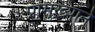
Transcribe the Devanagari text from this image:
प्रामुख्‍याने